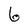
Character: 6